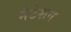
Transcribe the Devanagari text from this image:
नैटेशन